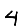
Digit: 4